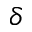
\delta